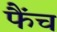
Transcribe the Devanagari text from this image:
फैंच